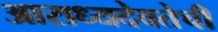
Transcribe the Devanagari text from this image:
आराध्यदेवतेची